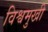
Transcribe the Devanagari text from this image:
विश्वमुखी